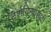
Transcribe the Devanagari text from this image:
दर्शविन्यासाठी